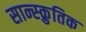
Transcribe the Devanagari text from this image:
सान्स्क्रुतिक